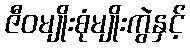
ဇီဝမျိုးစုံမျိုးကွဲနှင့်